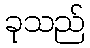
ခုသည်